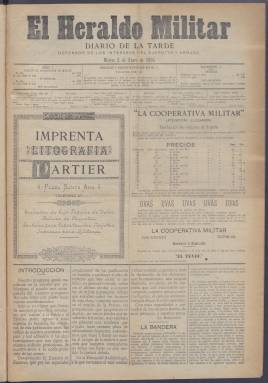
Título: El Heraldo militar (Manila)
Colección: Fuerzas armadas
Ámbito geográfico: Filipinas
Lugar de publicación: Manila
Fechas: 02/01/1894-07/12/1894